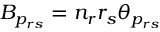
B _ { p _ { r s } } = n _ { r } r _ { s } \theta _ { p _ { r s } }